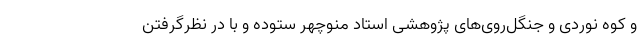
و کوه نوردی و جنگل‌روی‌های پژوهشی استاد منوچهر ستوده و با در نظرگرفتنِ